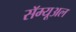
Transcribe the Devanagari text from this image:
सॅम्यूअल